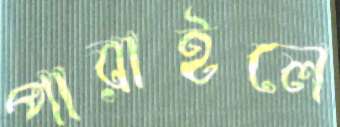
পারাইলে